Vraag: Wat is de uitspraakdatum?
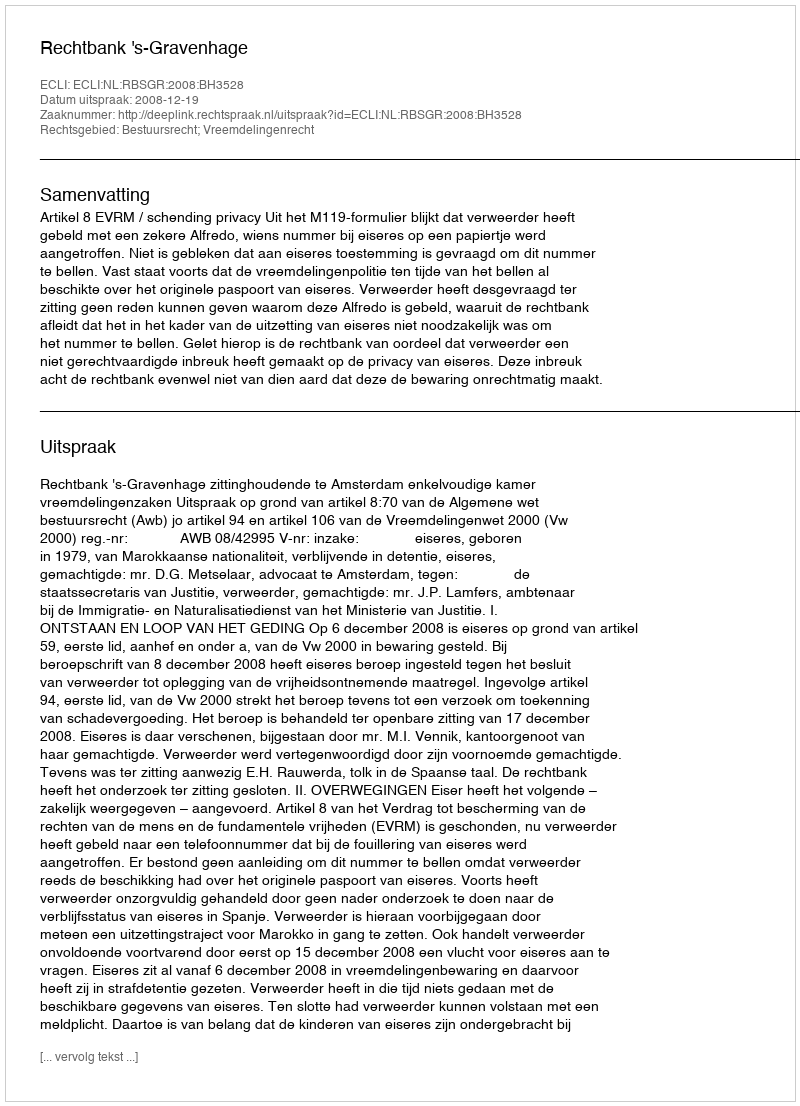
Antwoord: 2008-12-19